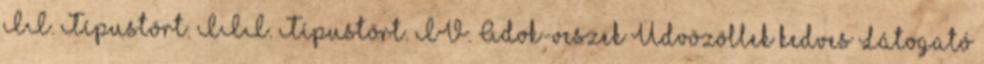
II. Típustört. III. Típustört. IV. Adok-veszek Üdvözöllek kedves Látogató